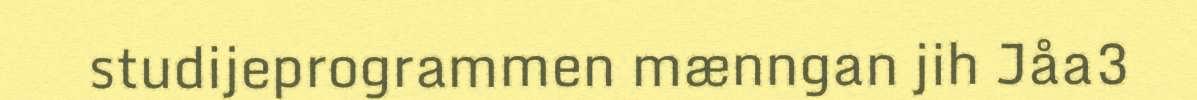
studijeprogrammen mænngan jih Jåa3